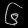
Digit: ၆